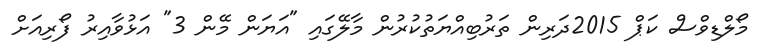
މޯލްޑިވްސް ކަޕް 2015ދަރިން ތަރުބިއްޔަތުކުރުން މާލޭގައި "އަޔަން މޭން 3" އަޅުވާއިރު ފޯރިއަށް